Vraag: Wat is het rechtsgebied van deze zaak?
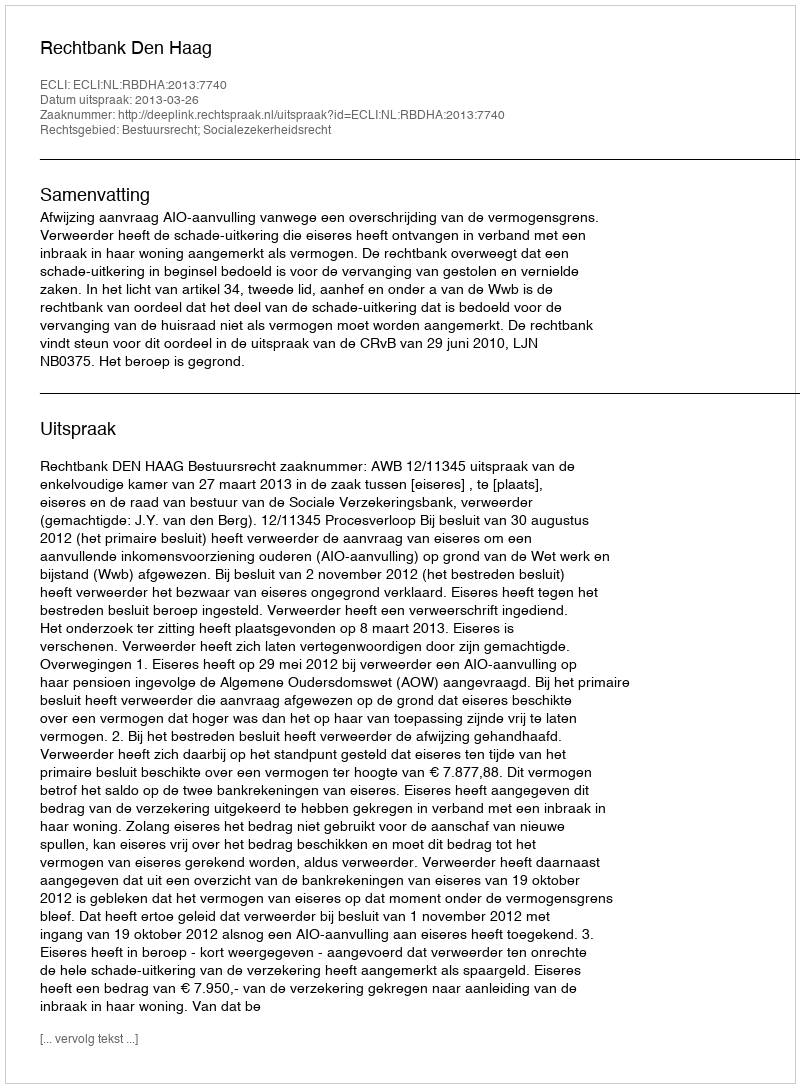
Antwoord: Bestuursrecht; Socialezekerheidsrecht